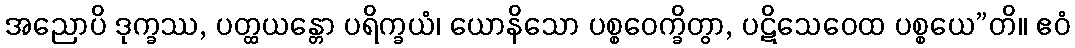
အညောပိ ဒုက္ခဿ, ပတ္ထယန္တော ပရိက္ခယံ၊ ယောနိသော ပစ္စဝေက္ခိတွာ, ပဋိသေဝေထ ပစ္စယေ”တိ။ ဧဝံ